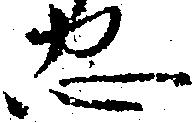
忠